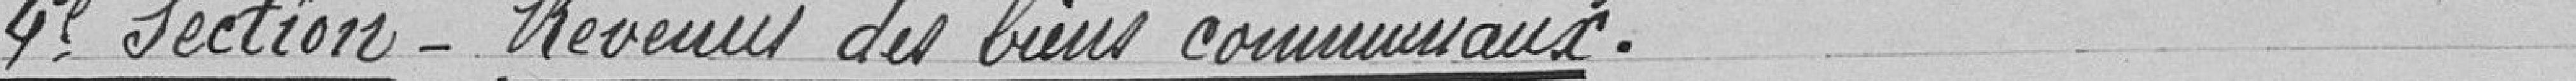
4e Section - Revenus des biens communaux.